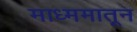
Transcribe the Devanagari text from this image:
माध्ममातून